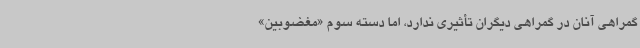
گمراهی آنان در گمراهی دیگران تأثیری ندارد، اما دسته سوم «مغضوبین»